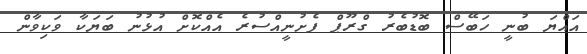
އައްޔަ ބުނީ ހަބޭސް ބޮޑުބެރު ގްރޫޕް ފެށުނީއްސުރެ އެއްކޮށް އުޅުނު ބަޔަކާ ވަކިވާން